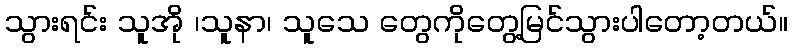
သွားရင်း သူအို ၊သူနာ၊ သူသေ တွေကိုတွေ့မြင်သွားပါတော့တယ်။